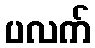
ပလက်